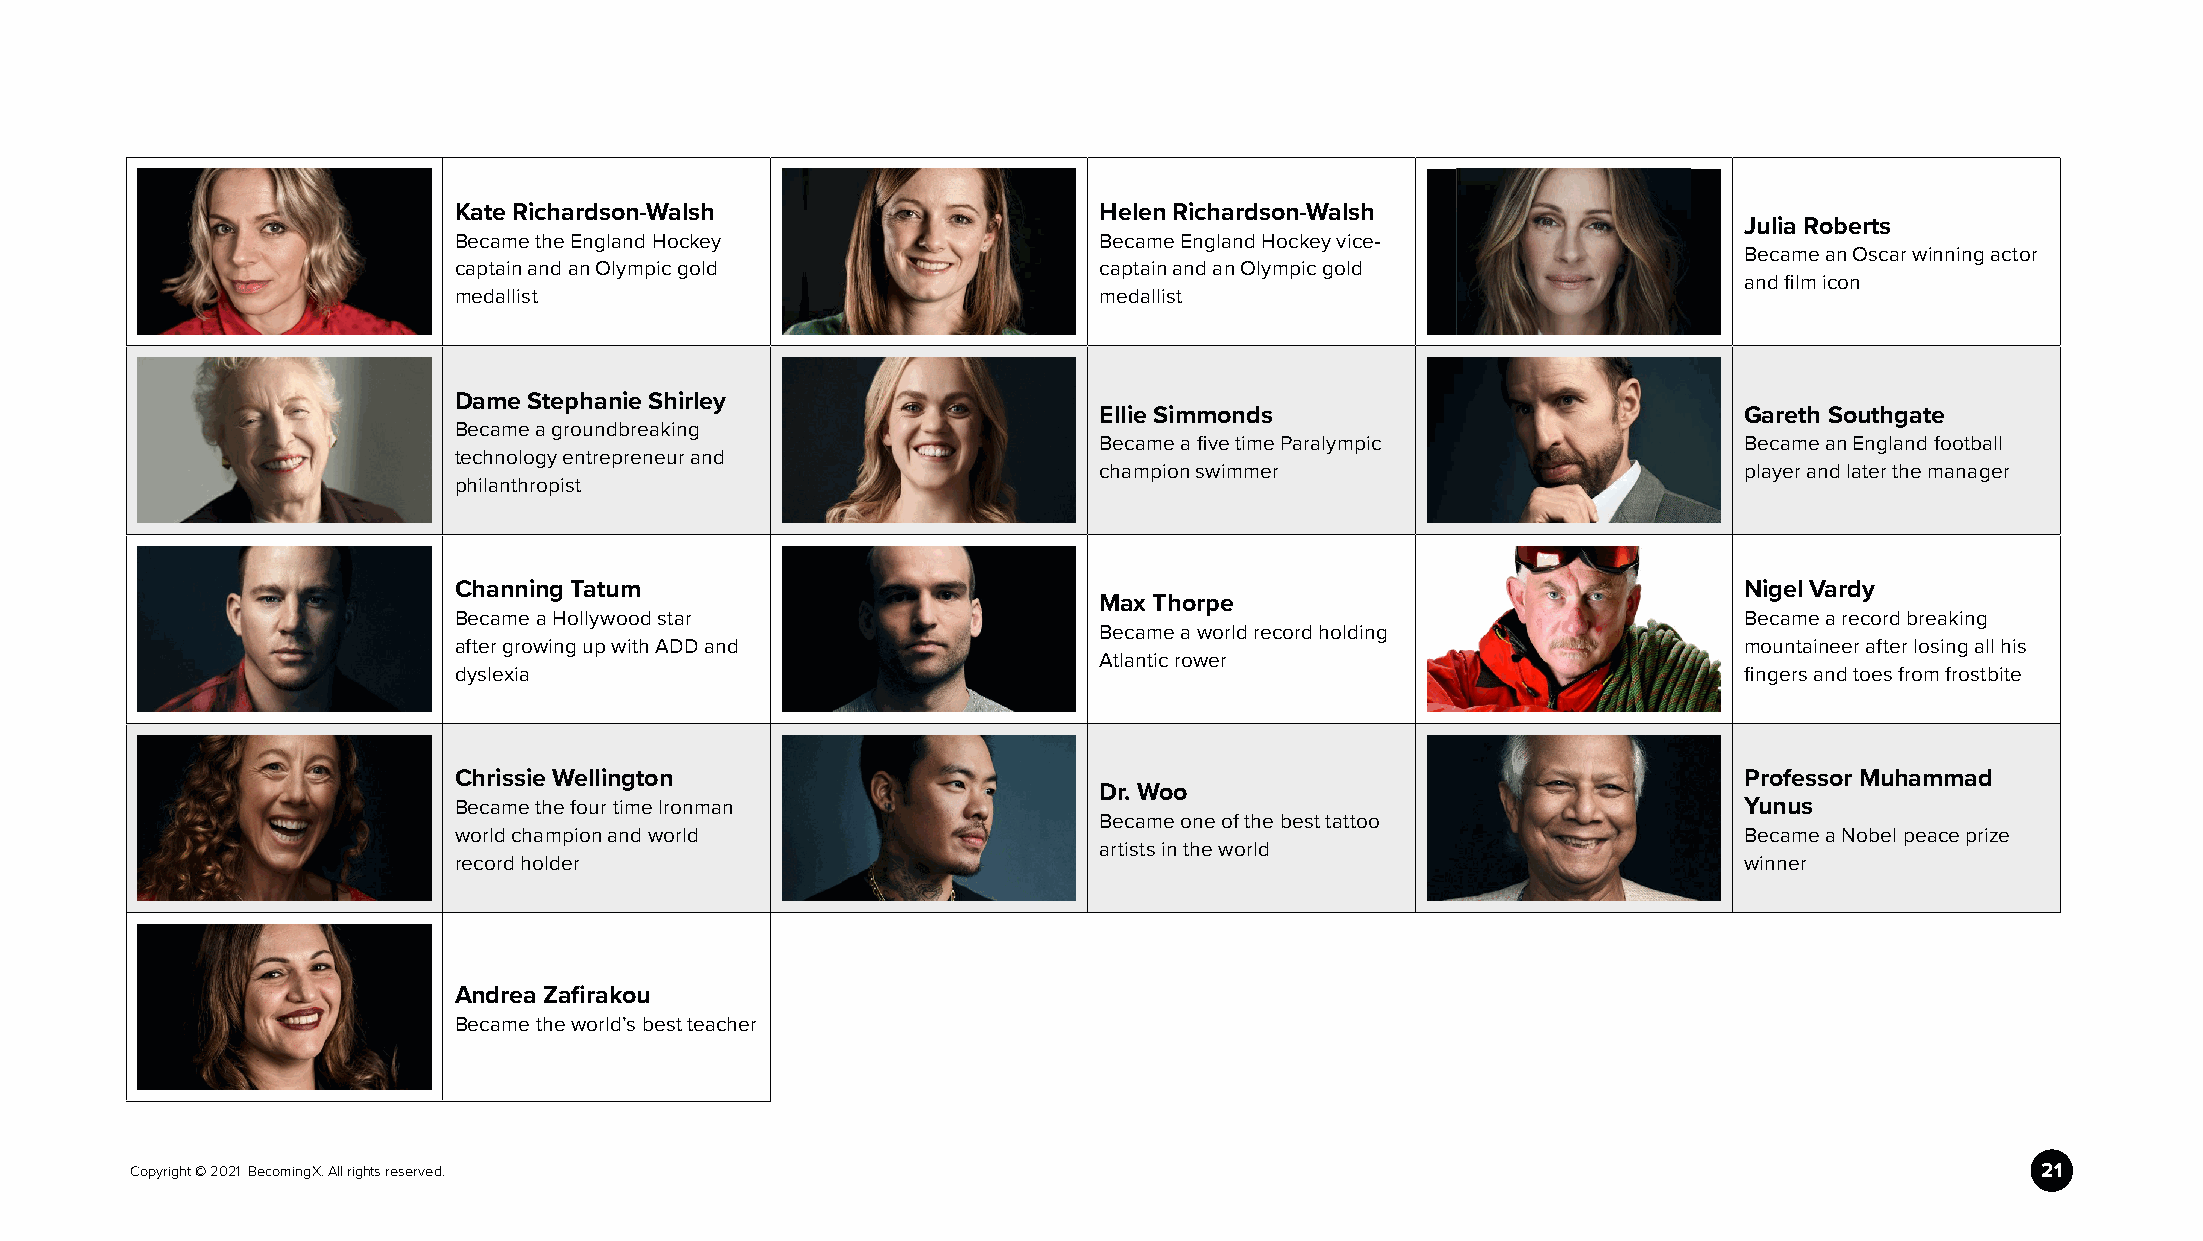
Kate Richardson-Walsh                      Helen Richardson-Walsh
 Julia Roberts
 Became the England Hockey                  Became England Hockey vice-
 Became an Oscar winning actor
 captain and an Olympic gold                captain and an Olympic gold
 and film icon
 medallist                                  medallist
 Dame Stephanie Shirley
 Ellie Simmonds                            Gareth Southgate
 Became a groundbreaking
 Became a five time Paralympic             Became an England football
 technology entrepreneur and
 champion swimmer                          player and later the manager
 philanthropist
 Channing Tatum                                                                       Nigel Vardy
 Max Thorpe
 Became a Hollywood star                                                              Became a record breaking
 Became a world record holding
 after growing up with ADD and                                                        mountaineer after losing all his
 Atlantic rower
 dyslexia                                                                             fingers and toes from frostbite
 Chrissie Wellington                                                                  Professor Muhammad
 Dr. Woo
 Became the four time Ironman                                                         Yunus
 Became one of the best tattoo
 world champion and world                                                             Became a Nobel peace prize
 artists in the world
 record holder                                                                        winner
 Andrea Zafirakou
 Became the world’s best teacher
 Copyright © 2021 BecomingX. All rights reserved.                                                                              21